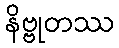
နိဗ္ဗုတဿ